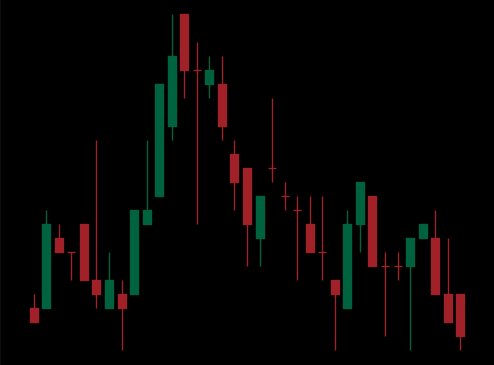
Pattern: head_shoulders